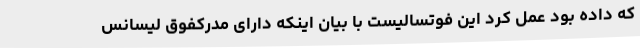
که داده بود عمل کرد این فوتسالیست با بیان اینکه دارای مدرکفوق لیسانس